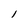
Character: l